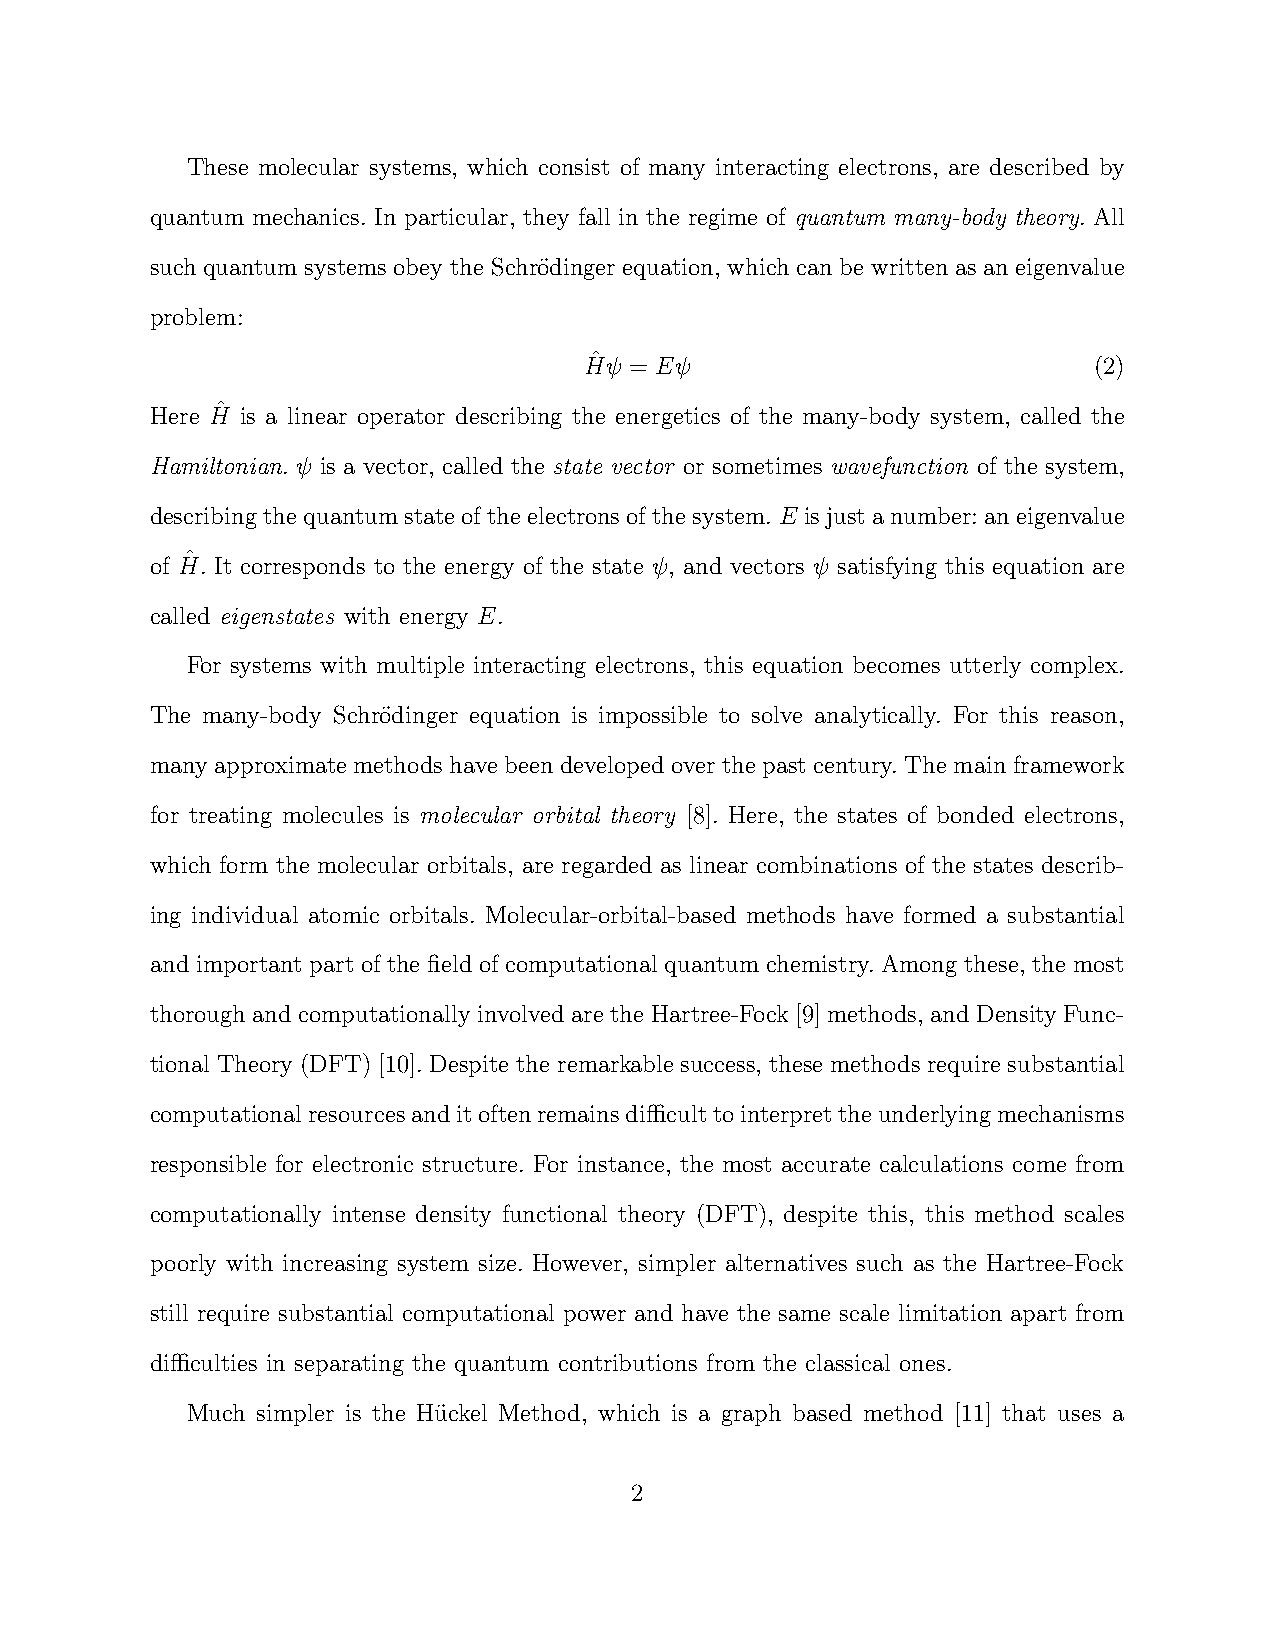
These molecular systems, which consist of many interacting electrons, are described by
 quantum mechanics. In particular, they fall in the regime of quantum many-body theory. All
 such quantum systems obey the Schro¨dinger equation, which can be written as an eigenvalue
 problem:
 ˆ
 Hψ = Eψ                          (2)
 ˆ
 Here H is a linear operator describing the energetics of the many-body system, called the
 Hamiltonian. ψ is a vector, called the state vector or sometimes wavefunction of the system,
 describingthequantumstateoftheelectronsofthesystem.E isjustanumber:aneigenvalue
 ˆ
 of H. It corresponds to the energy of the state ψ, and vectors ψ satisfying this equation are
 called eigenstates with energy E.
 For systems with multiple interacting electrons, this equation becomes utterly complex.
 The many-body Schro¨dinger equation is impossible to solve analytically. For this reason,
 many approximate methods have been developed over the past century. The main framework
 for treating molecules is molecular orbital theory [8]. Here, the states of bonded electrons,
 which form the molecular orbitals, are regarded as linear combinations of the states describ-
 ing individual atomic orbitals. Molecular-orbital-based methods have formed a substantial
 and important part of the field of computational quantum chemistry. Among these, the most
 thorough and computationally involved are the Hartree-Fock [9] methods, and Density Func-
 tional Theory (DFT) [10]. Despite the remarkable success, these methods require substantial
 computationalresourcesanditoftenremainsdifficulttointerprettheunderlyingmechanisms
 responsible for electronic structure. For instance, the most accurate calculations come from
 computationally intense density functional theory (DFT), despite this, this method scales
 poorly with increasing system size. However, simpler alternatives such as the Hartree-Fock
 still require substantial computational power and have the same scale limitation apart from
 difficulties in separating the quantum contributions from the classical ones.
 Much simpler is the Hu¨ckel Method, which is a graph based method [11] that uses a
 2